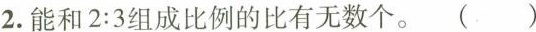
2.能和2:3组成比例的比有无数个。()